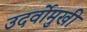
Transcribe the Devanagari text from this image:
उदर्वोमुखी